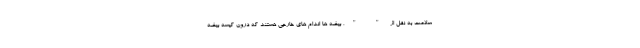
سلامت به نقل از " "، بیضه ها اندام های خارجی هستند که درون کیسه بیضه